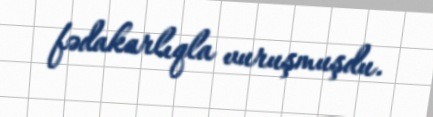
fədakarlıqla vuruşmuşdu.